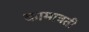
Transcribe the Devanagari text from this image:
कामावती